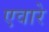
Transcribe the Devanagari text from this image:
एवारे